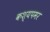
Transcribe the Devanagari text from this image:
कश्यपमर